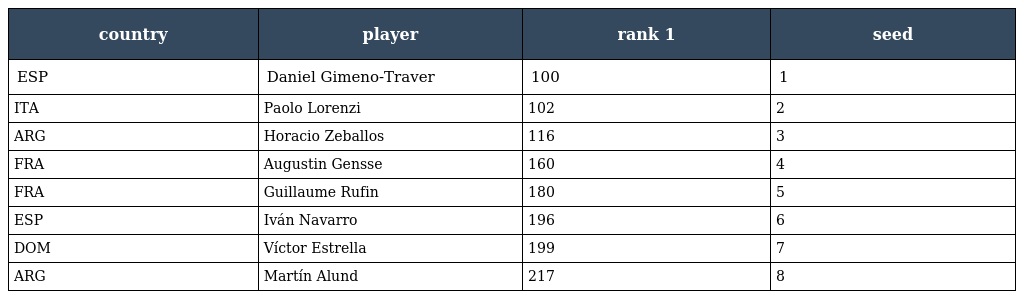
| country | player | rank 1 | seed |
 | --- | --- | --- | --- |
 | ESP | Daniel Gimeno-Traver | 100 | 1 |
 | ITA | Paolo Lorenzi | 102 | 2 |
 | ARG | Horacio Zeballos | 116 | 3 |
 | FRA | Augustin Gensse | 160 | 4 |
 | FRA | Guillaume Rufin | 180 | 5 |
 | ESP | Iván Navarro | 196 | 6 |
 | DOM | Víctor Estrella | 199 | 7 |
 | ARG | Martín Alund | 217 | 8 |